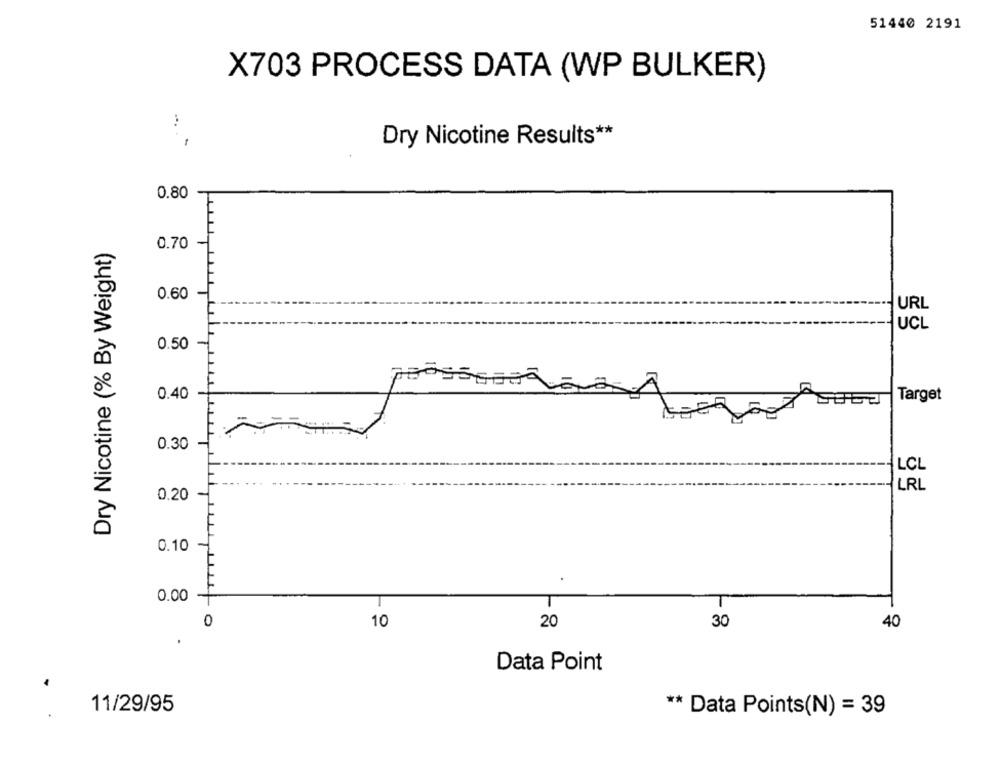
51440 2191
X703 PROCESS DATA (WP BULKER)
Dry Nicotine Results **
0.80
Dry Nicotine (% By Weight)
0.70
0.60
URL
UCL
0.50
0.40
Target
0.30
LCL
LRL
0.20
0.10
0.00
10
20
30
40
Data Point
11/29/95
** Data Points(N) = 39